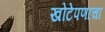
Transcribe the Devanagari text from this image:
खोटेपणाचा